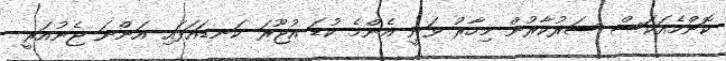
ކޮންމެއަކަސް ސަރުކާރުން މިހާރު ވަނީ އެންމެ ކުޑަ އުޖޫރަ ކަނޑައަޅައި އަންނަ ޖެނުއަރީ